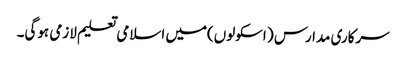
سرکاری مدارس ( اسکولوں)میں اسلامی تعلیم لازمی ہوگی۔